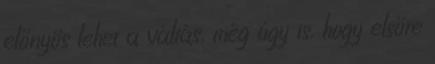
előnyös lehet a váltás, még úgy is, hogy elsőre